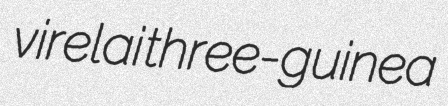
virelai three-guinea